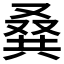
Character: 𠭨